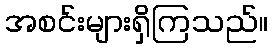
အစင်းများရှိကြသည်။